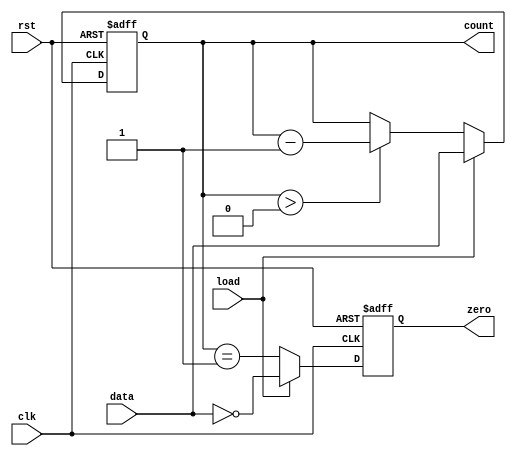
module MemoryBlocksDownCounter #(
    parameter WIDTH = 8 // Parameter for the width of the counter
)(
    input wire clk,           // Clock signal
    input wire rst,           // Asynchronous reset signal
    input wire load,          // Load control signal
    input wire [WIDTH-1:0] data, // Input data for loading the counter
    output reg [WIDTH-1:0] count, // Current count value
    output reg zero           // Zero flag
);

    // Memory block to store the current count value
    reg [WIDTH-1:0] memory_block;

    // Asynchronous reset and loading of the counter
    always @(posedge clk or posedge rst) begin
        if (rst) begin
            // Reset the counter to initial value (can be set to any value, here initialized to 0)
            count <= 0;
            zero <= 1; // Assert zero flag on reset
        end else if (load) begin
            // Load the specified value into the counter
            count <= data;
            zero <= (data == 0); // Set zero flag if loaded value is zero
        end else begin
            // Decrement the counter
            if (count > 0) begin
                count <= count - 1;
            end
            // Update zero flag
            zero <= (count == 1); // Assert zero flag if the next value will be zero
        end
    end

    // Initialize the memory block with the count value
    always @(posedge clk) begin
        memory_block <= count; // Store the count value in the memory block
    end

endmodule